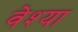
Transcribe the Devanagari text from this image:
वेश्‍या